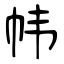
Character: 帏